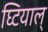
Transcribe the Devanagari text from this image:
घ्टियाल्